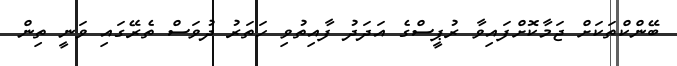
ބޭންކްތަކަށް ޖަމާކޮށްފައިވާ ރުޕީސްގެ އަދަދު ފާއިތުވި ހަތަރު ދުވަސް ތެރޭގައި ވަނީ ތިން